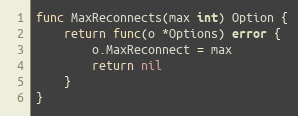
Language: Go
func MaxReconnects(max int) Option {
	return func(o *Options) error {
		o.MaxReconnect = max
		return nil
	}
}